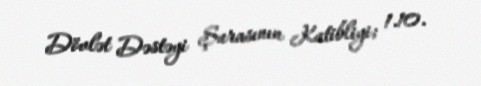
Dövlət Dəstəyi Şurasının Katibliyi; 1.10.